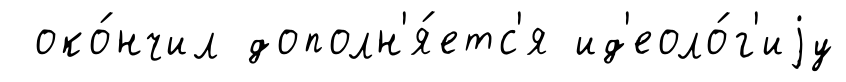
око́нчил дополн'я́етс'я ид'еоло́г'иjу